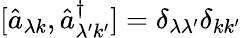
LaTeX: [\hat{a}_{\lambda k},\hat{a}_{\lambda^{\prime}k^{\prime}}^{\dagger}]=\delta_{\lambda\lambda^{\prime}}\delta_{kk^{\prime}}